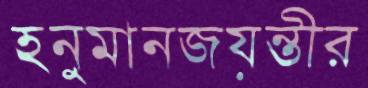
হনুমানজয়ন্তীর